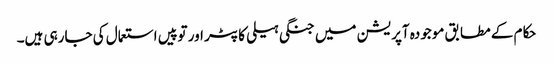
حکام کے مطابق موجودہ آپریشن میں جنگی ہیلی کاپٹر اور توپیں استعمال کی جارہی ہیں۔